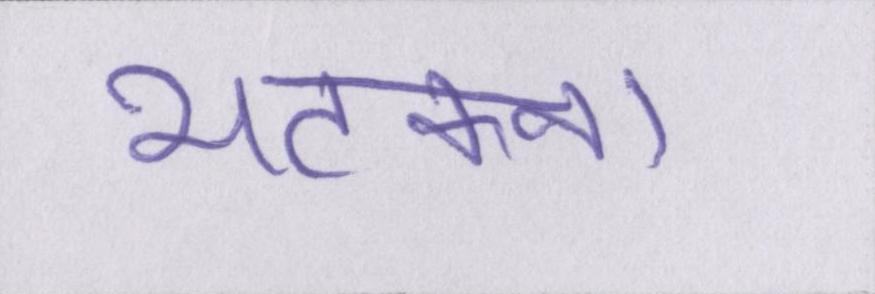
भटकना